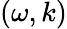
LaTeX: (\omega,k)